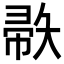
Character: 𫹅